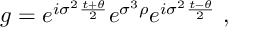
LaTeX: g = e ^ { i \sigma ^ { 2 } \frac { t + \theta } { 2 } } e ^ { \sigma ^ { 3 } \rho } e ^ { i \sigma ^ { 2 } \frac { t - \theta } { 2 } } ~ ,